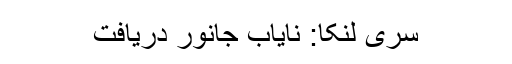
سری لنکا: نایاب جانور دریافت